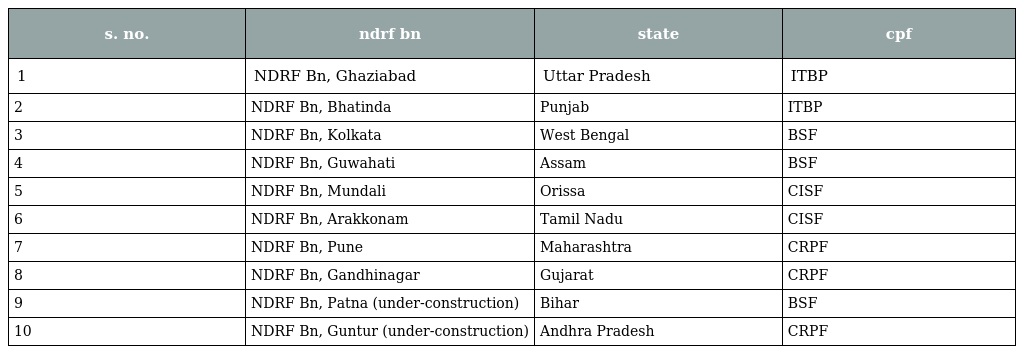
| s. no. | ndrf bn | state | cpf |
 | --- | --- | --- | --- |
 | 1 | NDRF Bn, Ghaziabad | Uttar Pradesh | ITBP |
 | 2 | NDRF Bn, Bhatinda | Punjab | ITBP |
 | 3 | NDRF Bn, Kolkata | West Bengal | BSF |
 | 4 | NDRF Bn, Guwahati | Assam | BSF |
 | 5 | NDRF Bn, Mundali | Orissa | CISF |
 | 6 | NDRF Bn, Arakkonam | Tamil Nadu | CISF |
 | 7 | NDRF Bn, Pune | Maharashtra | CRPF |
 | 8 | NDRF Bn, Gandhinagar | Gujarat | CRPF |
 | 9 | NDRF Bn, Patna (under-construction) | Bihar | BSF |
 | 10 | NDRF Bn, Guntur (under-construction) | Andhra Pradesh | CRPF |